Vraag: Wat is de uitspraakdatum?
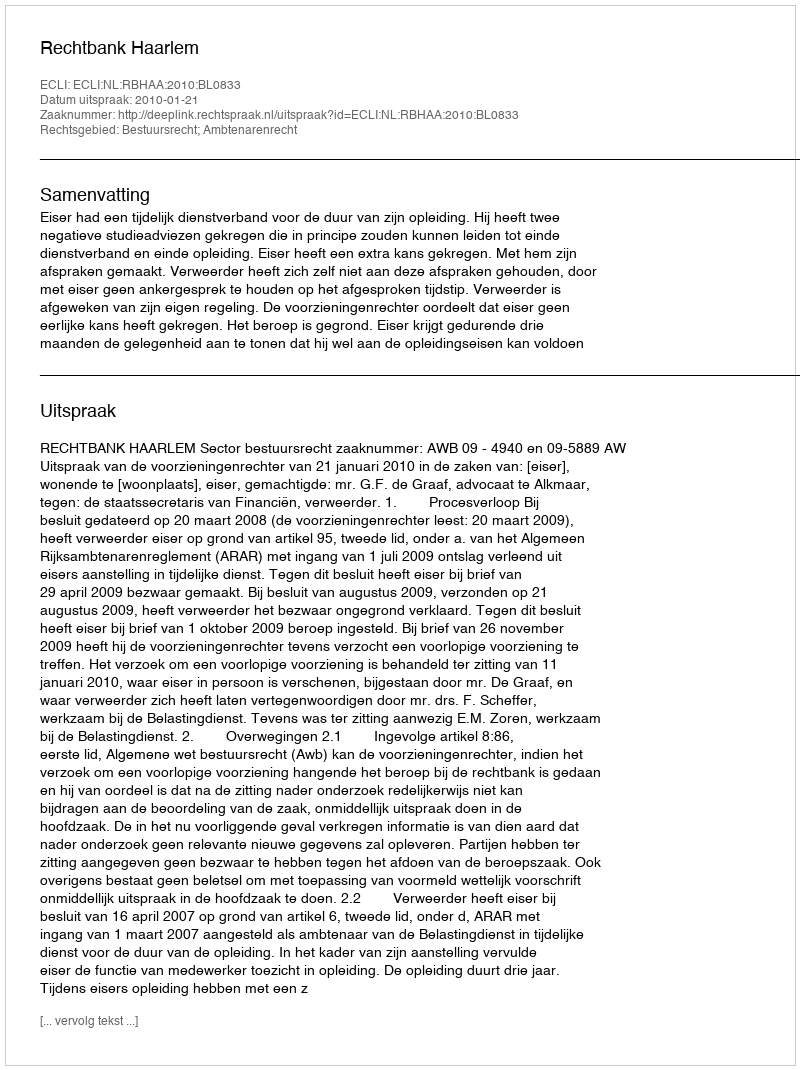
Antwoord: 2010-01-21